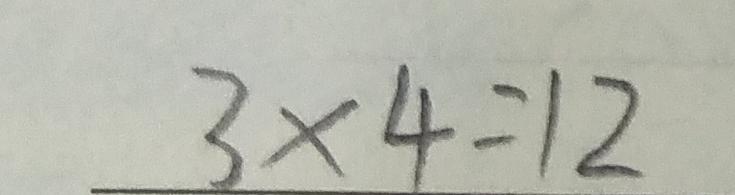
3 \times 4 = 1 2